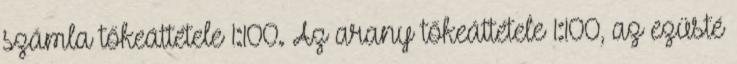
számla tőkeáttétele 1:100. Az arany tőkeáttétele 1:100, az ezüsté